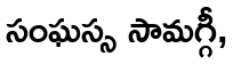
సంఘస్స సామగ్గీ,